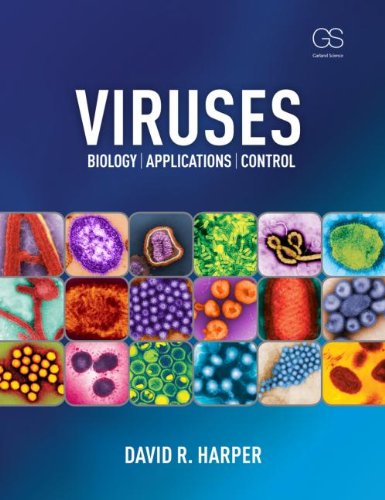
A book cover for Viruses: Biology, Applications, and Control; David R Harper; Medical Books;